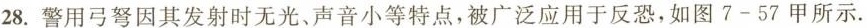
28.警用弓弩因其发射时无光、声音小等特点，被广泛应用于反恐，如图7-57甲所示.